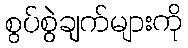
စွပ်စွဲချက်များကို